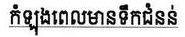
កំឡុងពេលមានទឹកជំនន់